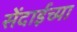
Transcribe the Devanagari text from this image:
सेंदाईच्या